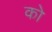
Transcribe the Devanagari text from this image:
को